Sketch of the medical history of the native army of Bombay, for the year
Year: 1872
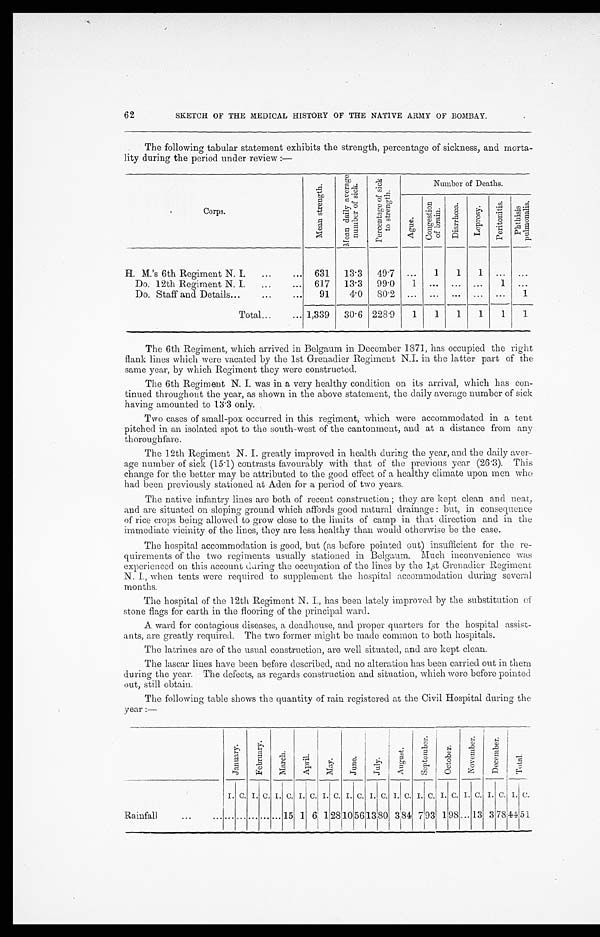
62
SKETCH OF THE MEDICAL HISTORY OF THE NATIVE ARMY OF BOMBAY.
The following tabular statement exhibits the strength, percentage of sickness, and morta-
lity during the period under review :—
Corps.
M e a n S t r e n g t h .
M e a n d a l i y a v e r a g e n u m b e r o f s i c k .
P e r c e n t a g e o f s i c k t o s t r e g t h .
Number of Deaths.
A g u e .
C o u g e s t i o n o f b r a i n .
D i a r r h œ a .
L e p r o s y .
P e r i t i o n t i s .
P h t h i s i s p u l m o n a l i s .
H. M.'s 6th Regiment N. I. . . .
631
13.3
49.7
. . .
1
1
1
. . .
. . .
Do. 12th Regiment N. I. . . .
617
13.3
99.0
1
. . .
. . .
. . .
1
. . .
Do. Staff and Details . . .
91
4.0
80.2
. . .
. . .
. . .
. . .
. . .
1
Total . . .
1,339
30.6
228.9
1
1
1
1
1
1
The 6th Regiment, which arrived in Belgaum in December 1871, has occupied the right
Hank lines which were vacated by the 1st Grenadier Regiment N.I. in the latter part of the
same year, by which Regiment they were constructed.
The 6th Regiment N. I. was in a very healthy condition on its arrival, which has con
-tinued throughout the year, as shown in the above statement, the daily average number of sick
having amounted to 13.3 only.
Two cases of small-pox occurred in this regiment, which were accommodated in a tent
pitched in an isolated spot to the south-west of the cantonment, and at a distance from any
th oroughfare.
The 12th Regiment N. I. greatly improved in health during the year, and the daily aver
-age number of sick (15.1) contrasts favourably with that of the previous year (26.3). This
change for the better may be attributed to the good effect of a healthy climate upon men who
had been previously stationed at Aden for a period of two years.
The native infantry lines are both of recent construction they are kept clean and neat,
and are situated on sloping ground which affords good natural drainage: but, in consequence
of rice crops being allowed to grow close to the limits of camp in that direction and in the
immediate vicinity of the lines, they are less healthy than would otherwise be the case.
The hospital accommodation is good, but (as before pointed out) insufficient for the re
-quirements of the two regiments usually stationed in Belgaum. Much inconvenience was
experienced on this account during the occupation of the lines by the 1st Grenadier Regiment
N. I., when tents were required to supplement the hospital accommodation during several
months.
The hospital of the 12th Regiment N. I., has been lately improved by the substitution of
stone flags for earth in the flooring of the principal ward.
A ward for contagious diseases, a deadhouse, and proper quarters for the hospital assist
-ants, are greatly required. The two former might be made common to both hospitals.
The latrines are of the usual construction, are well situated, and are kept clean.
The lascar lines have been before described, and no alteration has been carried out in them
during the year. The defects, as regards construction and situation, which were before pointed
out, still obtain.
The following table shows the quantity of rain registered at the Civil Hospital during the
year :—
J a n u a r y .
F e b r u a r y .
M a r c h .
A p r i l .
M a y .
June.
J u l y .
A u g u s t .
S e p t e m b e r .
Oc t o b e r .
N o v e r b e r .
D e c e m b e r .
T o t a l .
I. C. I. C.
I
C. I. C. I. C. I. C. I. C. I. C. I. C. I. C. I. C. I. C. I. C.
Rainfall . . .
. . .
. . .
. . .
. . .
. . . 15 1 6
1
2 8
10 56
1 3
8 0
3
84
7
93 1
9 8
. . .
1 3
3 78 44 51